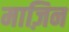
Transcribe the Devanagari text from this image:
माज़िन